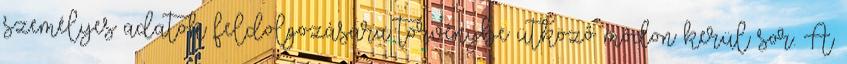
személyes adatok feldolgozására törvénybe ütköző módon kerül sor. A